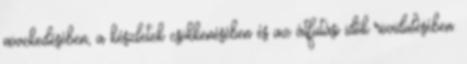
növekedésében, a készletek csökkenésében és az átfutási idők rövidülésében.